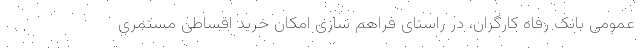
عمومی بانک رفاه کارگران، در راستای فراهم سازی امکان خرید اقساطی مستمری